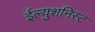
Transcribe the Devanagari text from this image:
ईल्युशनिस्ट